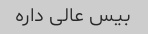
بیس عالی داره